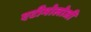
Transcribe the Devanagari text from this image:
एटीमोलोजी